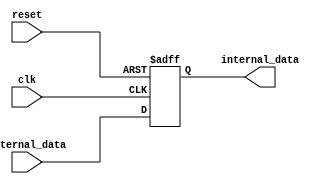
module high_speed_buffer (
    input wire clk,
    input wire reset,
    input wire [7:0] external_data,
    output reg [7:0] internal_data
);

reg [7:0] buffer_data;

always @(posedge clk or posedge reset) begin
    if (reset) begin
        buffer_data <= 8'b00000000;
    end else begin
        buffer_data <= external_data;
    end
end

assign internal_data = buffer_data;

endmodule